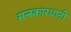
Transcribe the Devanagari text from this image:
सन्स्कारधानी